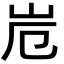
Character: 𭖆